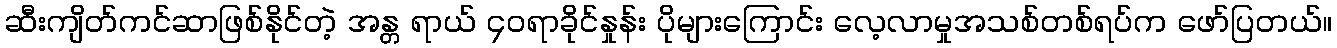
ဆီးကျိတ်ကင်ဆာဖြစ်နိုင်တဲ့ အန္တ ရာယ် ၄၀ရာခိုင်နှုန်း ပိုများကြောင်း လေ့လာမှုအသစ်တစ်ရပ်က ဖော်ပြတယ်။